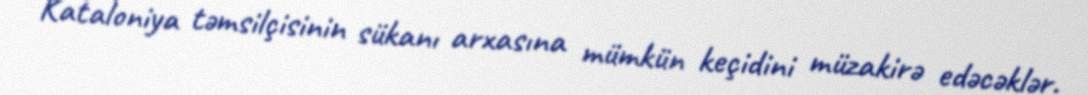
Kataloniya təmsilçisinin sükanı arxasına mümkün keçidini müzakirə edəcəklər.